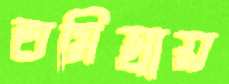
তমিস্রায়